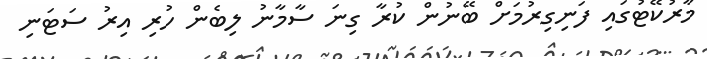
މާރުކޭޓުގައި ފަނިގިރުމަށް ބޭނުން ކުރާ ގިނަ ސާމާނު ލިބެން ހުރި އިރު ސަޓަނި